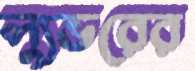
ল্যুভরের